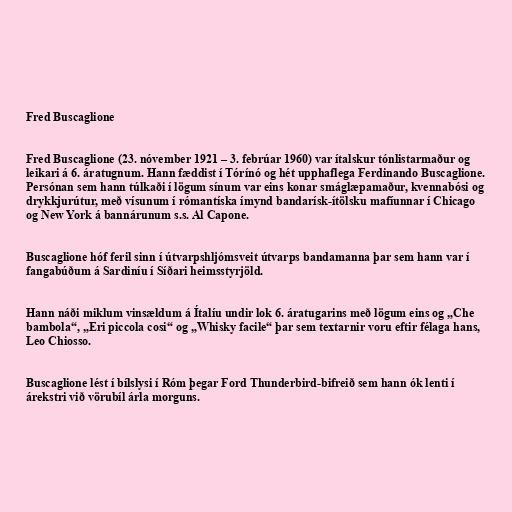
Fred Buscaglione

Fred Buscaglione (23. nóvember 1921 – 3. febrúar 1960) var ítalskur tónlistarmaður og
leikari á 6. áratugnum. Hann fæddist í Tórínó og hét upphaflega Ferdinando Buscaglione.
Persónan sem hann túlkaði í lögum sínum var eins konar smáglæpamaður, kvennabósi og
drykkjurútur, með vísunum í rómantíska ímynd bandarísk-ítölsku mafíunnar í Chicago
og New York á bannárunum s.s. Al Capone.

Buscaglione hóf feril sinn í útvarpshljómsveit útvarps bandamanna þar sem hann var í
fangabúðum á Sardiníu í Síðari heimsstyrjöld.

Hann náði miklum vinsældum á Ítalíu undir lok 6. áratugarins með lögum eins og „Che
bambola“, „Eri piccola cosi“ og „Whisky facile“ þar sem textarnir voru eftir félaga hans,
Leo Chiosso.

Buscaglione lést í bílslysi í Róm þegar Ford Thunderbird-bifreið sem hann ók lenti í
árekstri við vörubíl árla morguns.